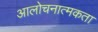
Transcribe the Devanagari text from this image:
आलोचनात्मकता